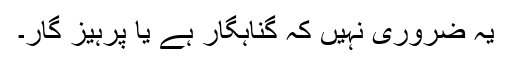
یہ ضروری نہیں کہ گناہگار ہے یا پرہیز گار۔